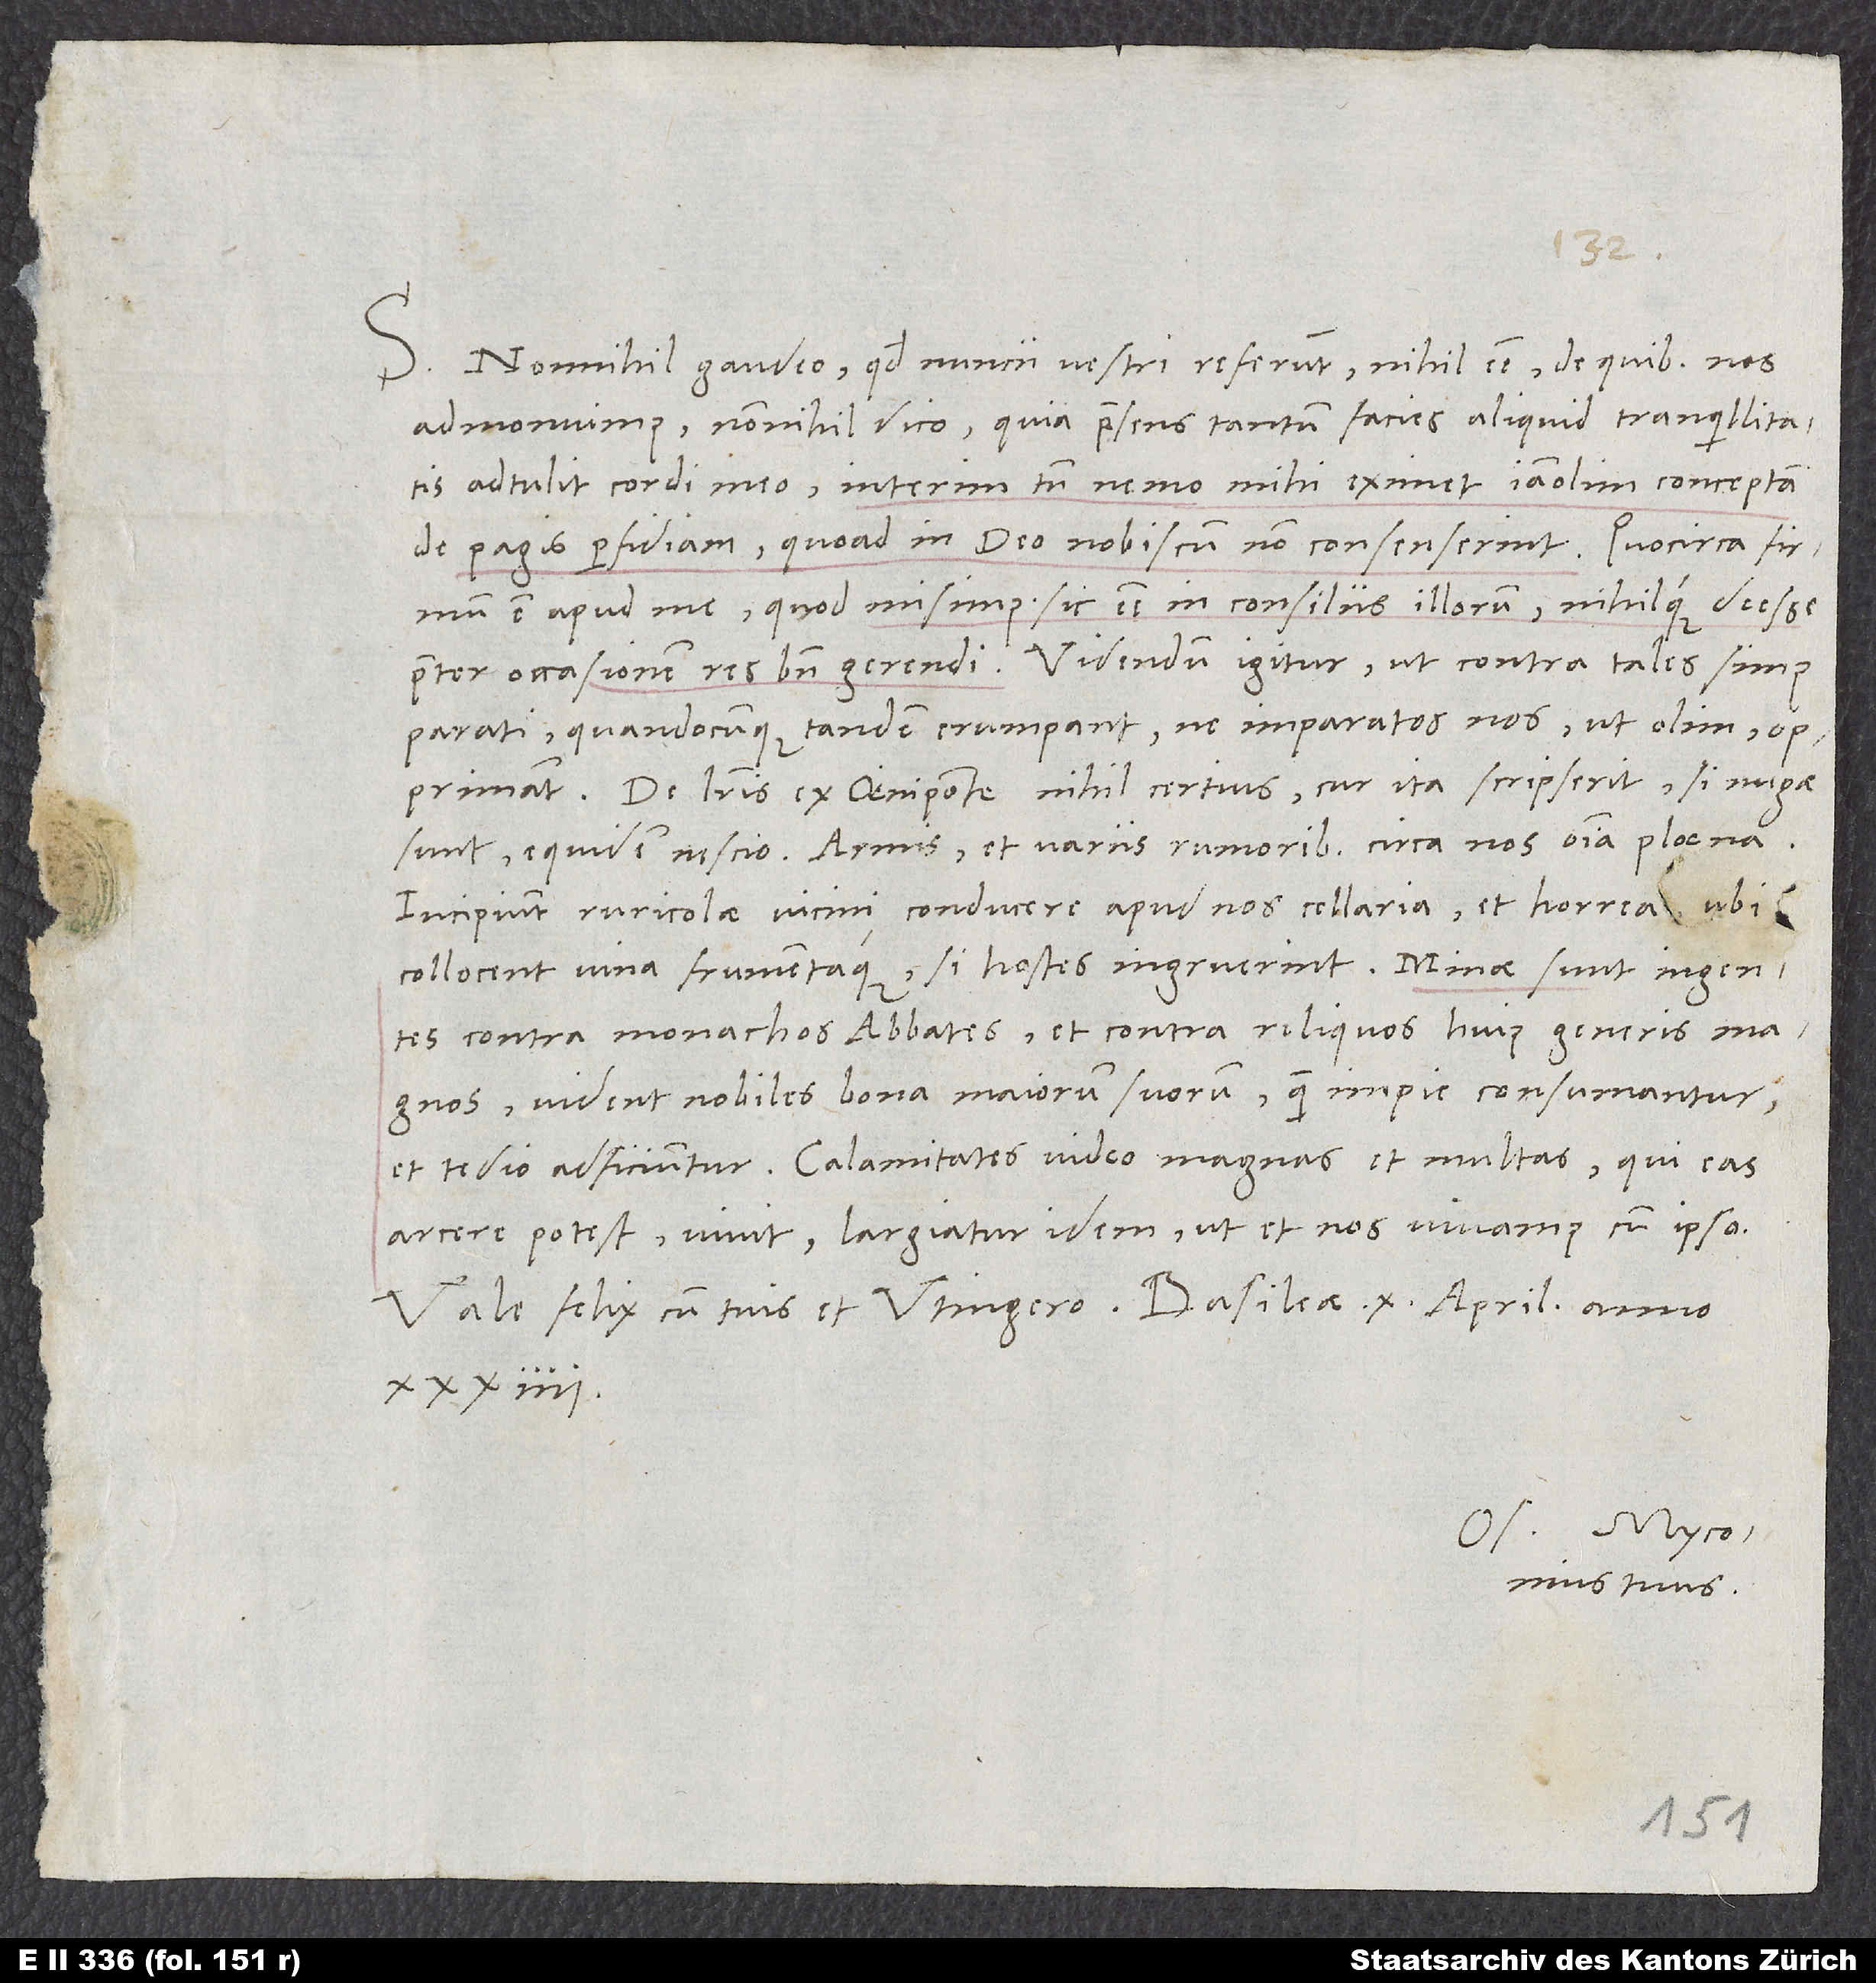
S. Nonnihil gaudeo, quod nuncii vestri referunt nihil esse, de quibus nos
admonuimus «Nonnihil» dico, quia praesens tantum facies aliquid tranquillitatis
adtulit cordi meo, interim tamen nemo mihi eximet iam olim conceptam
de Pagis perfidiam, quoad in deo nobiscum non consenserint. Quocirca firmum
est apud me, quod misimus: sic esse in consiliis illorum nihilque deesse
praeter occasionem res bene gerendi. Videndum igitur, ut contra tales simus
parati, quandocunque tandem erumpant, ne imparatos nos ut olim opprimant.
De literis ex Oeniponte nihil certius. Cur ita scripserit, si nugae
Incipiunt ruricolae vicini conducere apud nos cellaria et horrea, ubi
contra monachos, abbates et contra reliquos huius generis magnos.
Vident nobiles, bona maiorum suorum quam impie consumantur,
et tedio adficiuntur. Calamitates video magnas et multas. Qui eas
arcere potest, vivit: Largiatur idem, ut et nos vivamus cum ipso.
Vale felix cum tuis et Utingero. Basileae, 10. aprilis anno
34.
tuus.